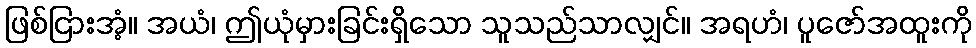
ဖြစ်ငြားအံ့။ အယံ၊ ဤယုံမှားခြင်းရှိသော သူသည်သာလျှင်။ အရဟံ၊ ပူဇော်အထူးကို